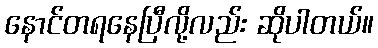
နောင်တရနေပြီလို့လည်း ဆိုပါတယ်။